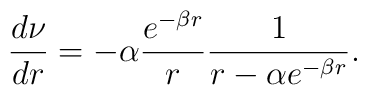
\frac{d\nu}{dr}=-\alpha\frac{e^{-\beta r}}{r}\frac{1}{r-\alpha e^{-\beta r}}.